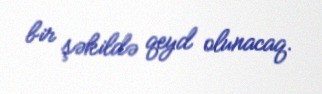
bir şəkildə qeyd olunacaq.